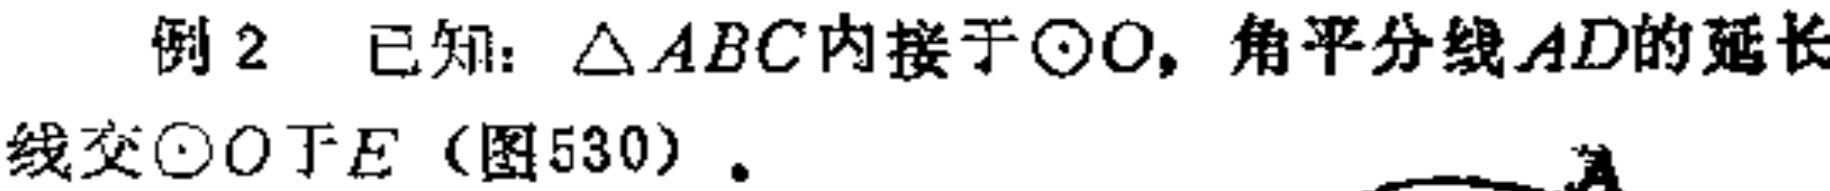
例2 已知：$\triangle ABC$内接于$\odot O$，角平分线$AD$的延长线交$\odot O$于$E$（图530）。